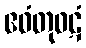
ဧဝံတုဝဋံ